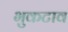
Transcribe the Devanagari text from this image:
भुकटाव